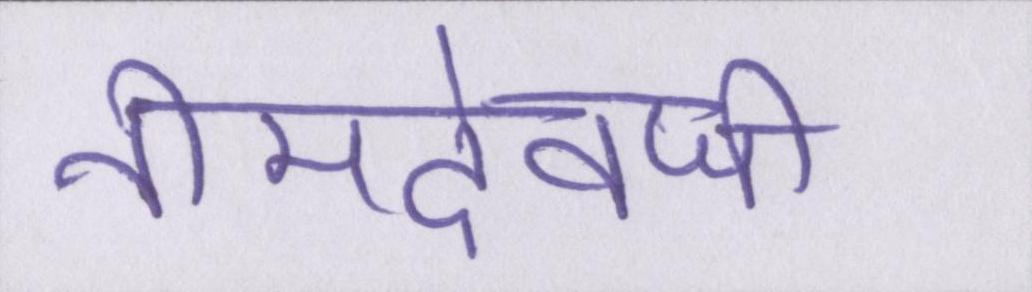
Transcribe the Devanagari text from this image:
नीमदेवजी